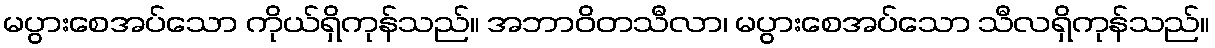
မပွားစေအပ်သော ကိုယ်ရှိကုန်သည်။ အဘာဝိတသီလာ၊ မပွားစေအပ်သော သီလရှိကုန်သည်။